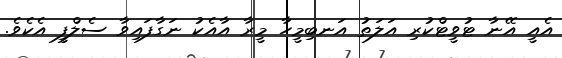
އެއީ އޭނާ ޓުވީޓްކުރި އަލަތު އަނބިމީހާ މީރާ އާއެކު ނަގާފައިވާ ސެލްފީ އެކެވެ.